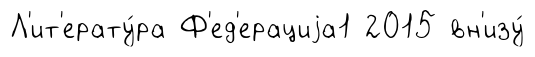
Л'ит'ерату́ра Ф'ед'ерациjа1 2015 вн'изу́